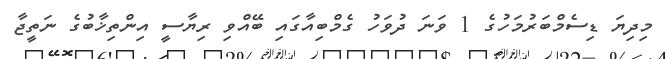
މިދިޔަ ޑިސެމްބަރުމަހުގެ 1 ވަނަ ދުވަހު ގެމްބިއާގައި ބޭއްވި ރިޔާސީ އިންތިޚާބުގެ ނަތީޖާ